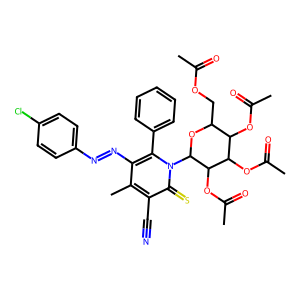
SMILES: CC(=O)OCC1OC(n2c(-c3ccccc3)c(N=Nc3ccc(Cl)cc3)c(C)c(C#N)c2=S)C(OC(C)=O)C(OC(C)=O)C1OC(C)=O
Inhibits HIV replication: No